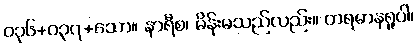
၀၃၆+၀၃၇+သော။ နာရီစ၊ မိန်းမသည်လည်း။ တရမာနရူပါ၊